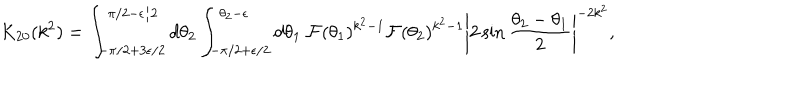
K _ { 2 0 } ( k ^ { 2 } ) = \int _ { - \pi / 2 + 3 \epsilon / 2 } ^ { \pi / 2 - \epsilon / 2 } d \theta _ { 2 } \int _ { - \pi / 2 + \epsilon / 2 } ^ { \theta _ { 2 } - \epsilon } d \theta _ { 1 } ~ { \cal F } ( \theta _ { 1 } ) ^ { k ^ { 2 } - 1 } { \cal F } ( \theta _ { 2 } ) ^ { k ^ { 2 } - 1 } \left| 2 \sin \frac { \theta _ { 2 } - \theta _ { 1 } } { 2 } \right| ^ { - 2 k ^ { 2 } } ,